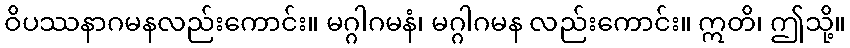
ဝိပဿနာဂမနလည်းကောင်း။ မဂ္ဂါဂမနံ၊ မဂ္ဂါဂမန လည်းကောင်း။ ဣတိ၊ ဤသို့။